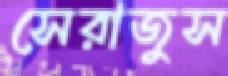
সেরাজুস